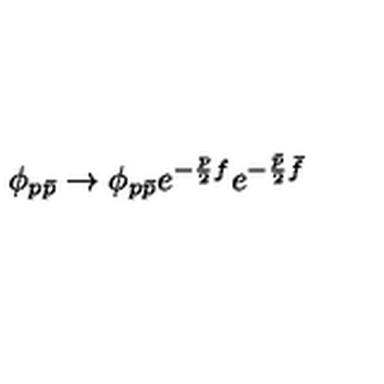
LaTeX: \phi _ { p { \bar { p } } } \rightarrow \phi _ { p { \bar { p } } } e ^ { - \frac { p } { 2 } f } e ^ { - \frac { \bar { p } } { 2 } { \bar { f } } }